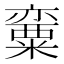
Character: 𱹠